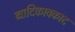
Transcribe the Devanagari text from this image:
ब्वादिकावकाद